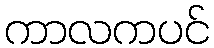
ကာလကပင်